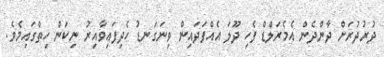
ދުރުދުރަށް ދާންދެން އެމެރަލްޑް ފެހި ދޫލަ އެއްފަދައިން ވިނަގަނޑު ހެދިފައިވާއިރު ނިކަން ހިތްގައިމެވެ.